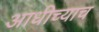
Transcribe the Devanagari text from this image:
आधीच्याच